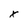
Character: x